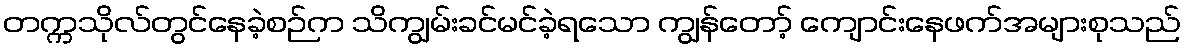
တက္ကသိုလ်တွင်နေခဲ့စဉ်က သိကျွမ်းခင်မင်ခဲ့ရသော ကျွန်တော့် ကျောင်းနေဖက်အများစုသည်